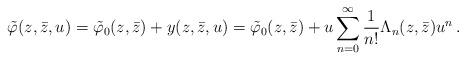
LaTeX: \begin{align*}\tilde{\varphi}(z,\bar{z},u)=\tilde{\varphi}_0(z,\bar{z})+y(z,\bar{z},u)=\tilde{\varphi}_0(z,\bar{z})+u\sum^{\infty}_{n=0}\frac{1}{n!}\Lambda_n(z,\bar{z})u^n\,.\end{align*}